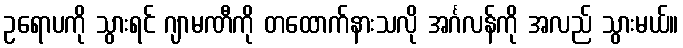
ဥရောပကို သွားရင် ဂျာမဏီကို တထောက်နားသလို အင်္ဂလန်ကို အလည် သွားမယ်။